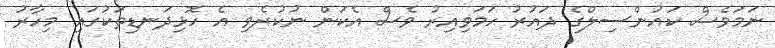
ނަމަވެސް ކައުންސިލްގެ ދައުރު ހަމަވިއިރު ވެސް އެކަން ނުކުރެވި އެ ހޮޅިދަނޑިތަކުގައި މިހާރު